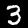
Digit: 3